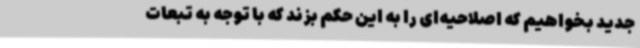
جدید بخواهیم که اصلاحیه‌ای را به این حکم بزند که با توجه به تبعات